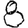
Digit: 8